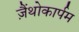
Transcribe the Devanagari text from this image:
ज़ैंथोकार्पम